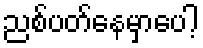
ညစ်ပတ်နေမှာပေါ့